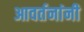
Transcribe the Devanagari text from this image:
आवर्तनांनी